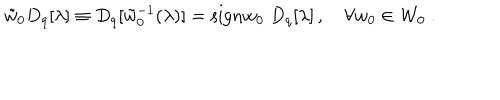
LaTeX: \tilde { w } _ { 0 } D _ { q } [ \lambda ] \equiv D _ { q } [ \tilde { w } _ { 0 } ^ { - 1 } ( \lambda ) ] = \mathrm { s i g n } w _ { 0 } \; D _ { q } [ \lambda ] \, , ~ \forall w _ { 0 } \in { \cal W } _ { 0 } \; .